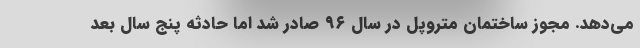
می‌دهد. مجوز ساختمان متروپل در سال ۹۶ صادر شد اما حادثه پنج سال بعد